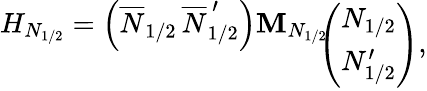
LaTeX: \begin{array}{r}{{H_{N_{1/2}}=\left(\overline{{{N}}}_{1/2}\, \overline{{{N}}}_{1/2}^{\, \prime}\right){\mathbf M}_{N_{1/2}}\! \! \! }}\\ {{\vphantom{1}}}\end{array}\left(\begin{array}{c}{{N_{1/2}}}\\ {{N_{1/2}^{\prime}}}\end{array}\right),